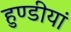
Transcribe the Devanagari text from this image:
हुण्डीयां